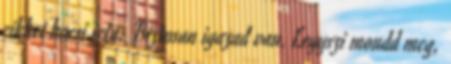
cikkei kocsi irta: Biztosan igazad van. Legyszi mondd meg,